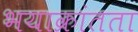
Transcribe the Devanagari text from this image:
भयाक्रांतता